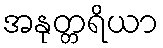
အနုတ္တရိယာ